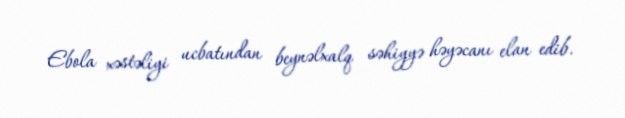
Ebola xəstəliyi ucbatından beynəlxalq səhiyyə həyəcanı elan edib.